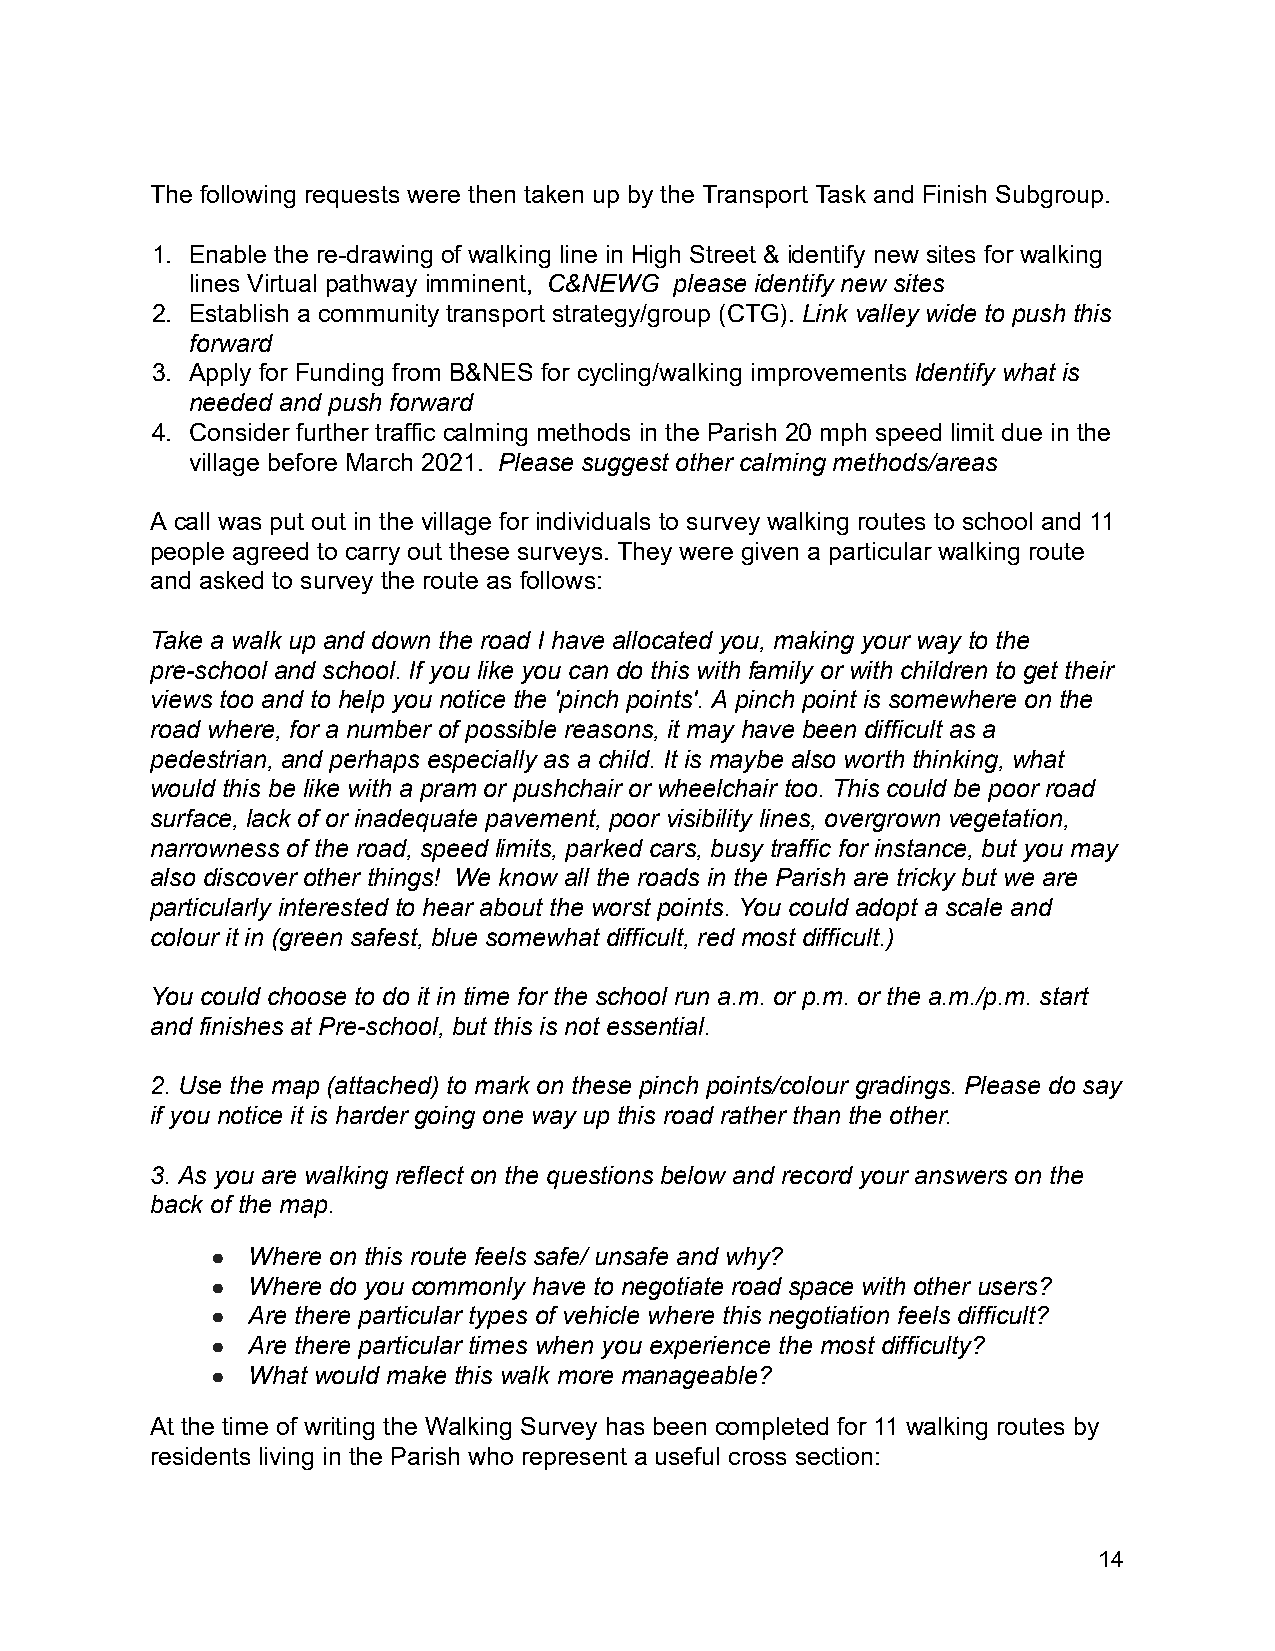
The following requests were then taken up by the Transport Task and Finish Subgroup.
 1. Enable the re-drawing of walking line in High Street & identify new sites for walking
 lines Virtual pathway imminent, C&NEWG please identify new sites
 2. Establish a community transport strategy/group (CTG). L ink valley wide to push this
 forward
 3. Apply for Funding from B&NES for cycling/walking improvements I dentify what is
 needed and push forward
 4. Consider further traffic calming methods in the Parish 20 mph speed limit due in the
 village before March 2021. P lease suggest other calming methods/areas
 A call was put out in the village for individuals to survey walking routes to school and 11
 people agreed to carry out these surveys. They were given a particular walking route
 and asked to survey the route as follows:
 Take a walk up and down the road I have allocated you, making your way to the
 pre-school and school. If you like you can do this with family or with children to get their
 views too and to help you notice the 'pinch points'. A pinch point is somewhere on the
 road where, for a number of possible reasons, it may have been difficult as a
 pedestrian, and perhaps especially as a child. It is maybe also worth thinking, what
 would this be like with a pram or pushchair or wheelchair too. This could be poor road
 surface, lack of or inadequate pavement, poor visibility lines, overgrown vegetation,
 narrowness of the road, speed limits, parked cars, busy traffic for instance, but you may
 also discover other things! We know all the roads in the Parish are tricky but we are
 particularly interested to hear about the worst points. You could adopt a scale and
 colour it in (green safest, blue somewhat difficult, red most difficult.)
 You could choose to do it in time for the school run a.m. or p.m. or the a.m./p.m. start
 and finishes at Pre-school, but this is not essential.
 2. Use the map (attached) to mark on these pinch points/colour gradings. Please do say
 if you notice it is harder going one way up this road rather than the other.
 3. As you are walking reflect on the questions below and record your answers on the
 back of the map.
 ● Where on this route feels safe/ unsafe and why?
 ● Where do you commonly have to negotiate road space with other users?
 ● Are there particular types of vehicle where this negotiation feels difficult?
 ● Are there particular times when you experience the most difficulty?
 ● What would make this walk more manageable?
 At the time of writing the Walking Survey has been completed for 11 walking routes by
 residents living in the Parish who represent a useful cross section:
 14